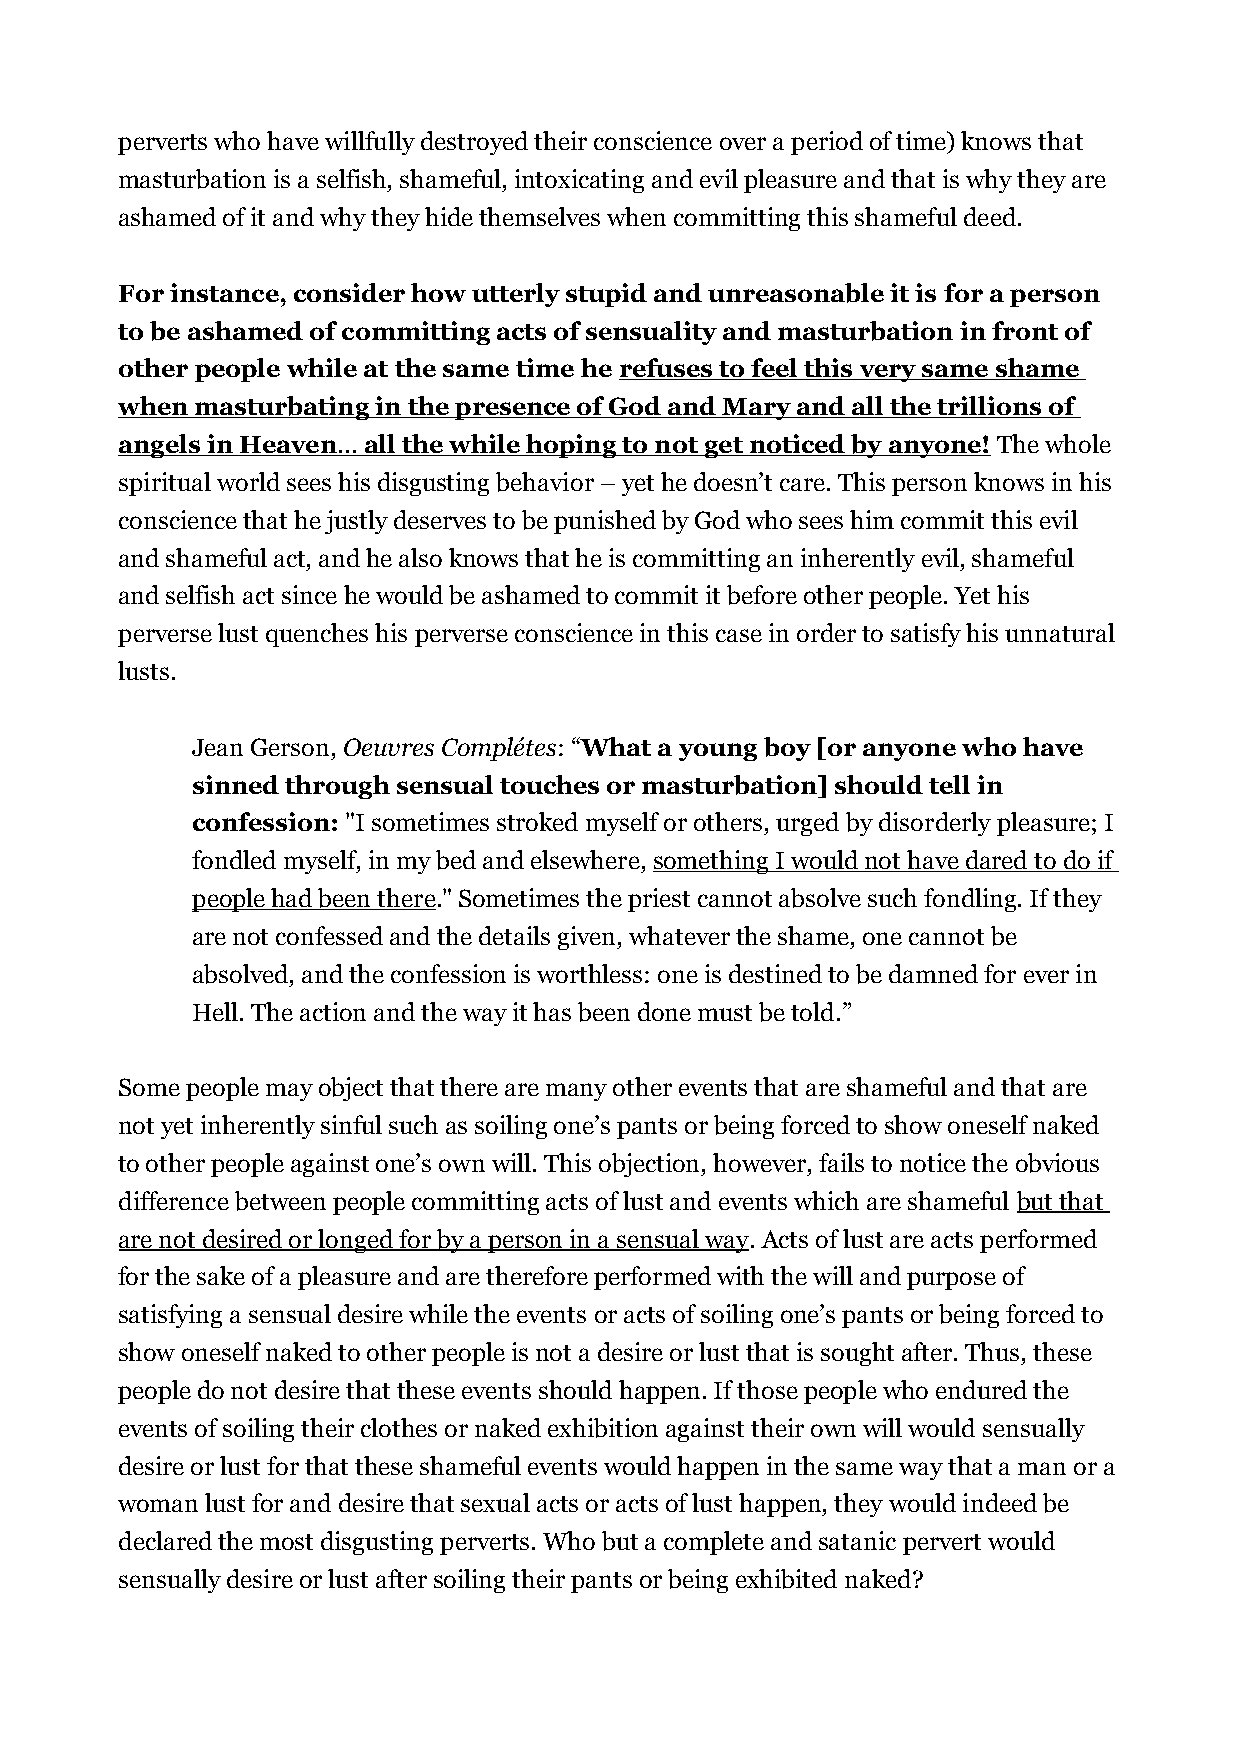
perverts who have willfully destroyed their conscience over a period of time) knows that
 masturbation is a selfish, shameful, intoxicating and evil pleasure and that is why they are
 ashamed of it and why they hide themselves when committing this shameful deed.
 For instance, consider how utterly stupid and unreasonable it is for a person
 to be ashamed of committing acts of sensuality and masturbation in front of
 other people while at the same time he refuses to feel this very same shame
 when masturbating in the presence of God and Mary and all the trillions of
 angels in Heaven ... all the while hoping to not get noticed by anyone! The whole
 spiritual world sees his disgusting behavior – yet he doesn’t care. This person knows in his
 conscience that he justly deserves to be punished by God who sees him commit this evil
 and shameful act, and he also knows that he is committing an inherently evil, shameful
 and selfish act since he would be ashamed to commit it before other people. Yet his
 perverse lust quenches his perverse conscience in this case in order to satisfy his unnatural
 lusts.
 Jean Gerson, Oeuvres Complétes: “What a young boy [or anyone who have
 sinned through sensual touches or masturbation] should tell in
 confession: "I sometimes stroked myself or others, urged by disorderly pleasure; I
 fondled myself, in my bed and elsewhere, something I would not have dared to do if
 people had been there." Sometimes the priest cannot absolve such fondling. If they
 are not confessed and the details given, whatever the shame, one cannot be
 absolved, and the confession is worthless: one is destined to be damned for ever in
 Hell. The action and the way it has been done must be told.”
 Some people may object that there are many other events that are shameful and that are
 not yet inherently sinful such as soiling one’s pants or being forced to show oneself naked
 to other people against one’s own will. This objection, however, fails to notice the obvious
 difference between people committing acts of lust and events which are shameful but that
 are not desired or longed for by a person in a sensual way. Acts of lust are acts performed
 for the sake of a pleasure and are therefore performed with the will and purpose of
 satisfying a sensual desire while the events or acts of soiling one’s pants or being forced to
 show oneself naked to other people is not a desire or lust that is sought after. Thus, these
 people do not desire that these events should happen. If those people who endured the
 events of soiling their clothes or naked exhibition against their own will would sensually
 desire or lust for that these shameful events would happen in the same way that a man or a
 woman lust for and desire that sexual acts or acts of lust happen, they would indeed be
 declared the most disgusting perverts. Who but a complete and satanic pervert would
 sensually desire or lust after soiling their pants or being exhibited naked?